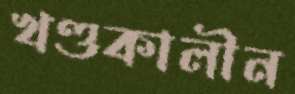
খণ্ডকালীন